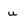
Character: u